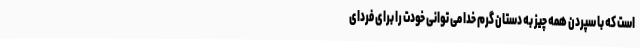
است که با سپردن همه چیز به دستان گرم خدا می توانی خودت را برای فردای